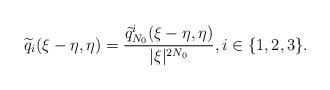
LaTeX: \begin{align*}\widetilde{q}_i(\xi-\eta,\eta) = \frac{\tilde{q}^i_{N_0}(\xi-\eta, \eta)}{|\xi|^{2N_0}},i \in\{1,2,3\}.\end{align*}